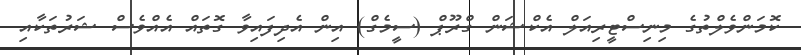
ކޮމަންވެލްތުގެ މިނިސްޓީރިއަލް އެކްޝަން ގްރޫޕް (ސީމެގް) އިން އެދިފައިވާ ގޮތައް އެއްވެސް ޝަރުތަކާއި